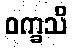
ဝက္ခသိ